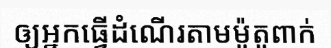
ឲ្យអ្នកធ្វើដំណើរតាមម៉ូតូពាក់